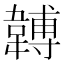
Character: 䪙